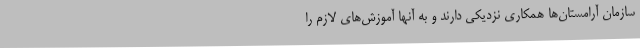
سازمان آرامستان‌ها همکاری نزدیکی دارند و به آنها آموزش‌های لازم را